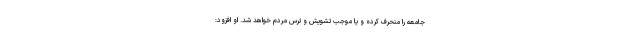
جامعه را منحرف کرده و یا موجب تشویش و ترس مردم خواهد شد. او افزود: